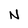
Character: N